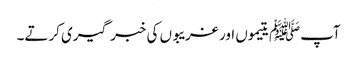
آپﷺ یتیموں اور غریبوں کی خبر گیری کرتے۔